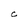
Character: C